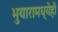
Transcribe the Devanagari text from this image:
भुयारामध्येही